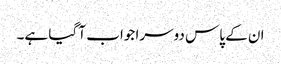
ان کے پاس دوسرا جواب آ گیا ہے۔